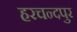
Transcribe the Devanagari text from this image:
हरचन्‍दपुर